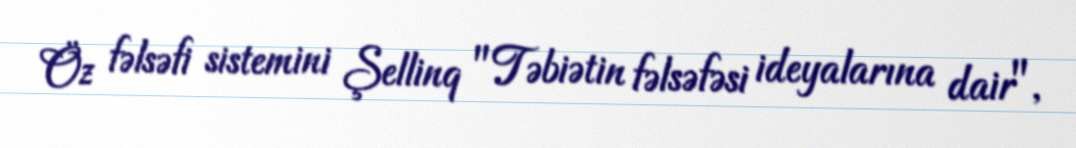
Öz fəlsəfi sistemini Şellinq "Təbiətin fəlsəfəsi ideyalarına dair",